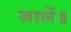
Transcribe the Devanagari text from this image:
जालें॥